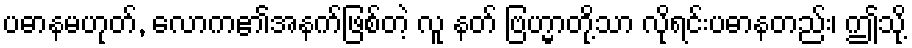
ပဓာနမဟုတ်, လောက၏အနက်ဖြစ်တဲ့ လူ နတ် ဗြဟ္မာတို့သာ လိုရင်းပဓာနတည်း၊ ဤသို့